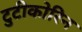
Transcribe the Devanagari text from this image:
टुटीकोरिन